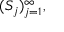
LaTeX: ( S _ { j } ) _ { j = 1 } ^ { \infty } ,